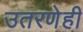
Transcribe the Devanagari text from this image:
उतरणेही